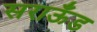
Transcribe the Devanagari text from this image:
सराऊँड